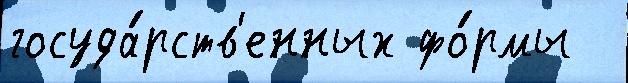
госуда́рств'енных фо́рмы